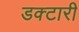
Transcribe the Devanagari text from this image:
डक्टारी